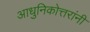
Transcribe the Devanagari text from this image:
आधुनिकोत्तरांनी